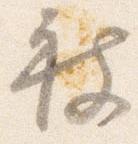
被